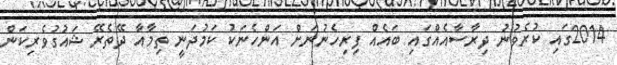
2014ގައި ކުރެވުނު ދިރާސާއެއްގައި ބައެއް ފިރިހެނުނަށް އަންހެނަކު ކަމުދަނީ ތިމާއާ ދޭތެރޭ ޝައުގުވެރިކަން